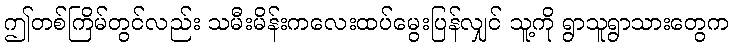
ဤတစ်ကြိမ်တွင်လည်း သမီးမိန်းကလေးထပ်မွေးပြန်လျှင် သူ့ကို ရွာသူရွာသားတွေက